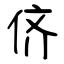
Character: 侪